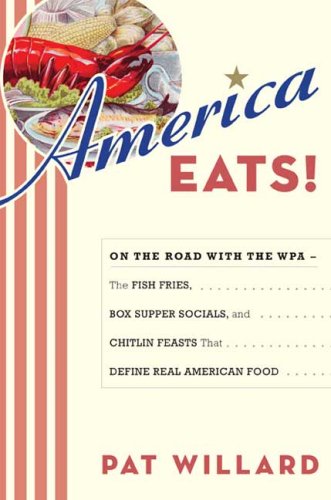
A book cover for America Eats!: On the Road with the WPA - the Fish Fries, Box Supper Socials, and Chitlin Feasts That Define Real American Food; Pat Willard; Humor & Entertainment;